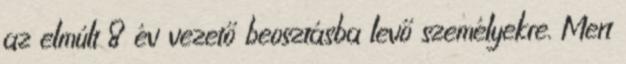
az elmúlt 8 év vezető beosztásba levő személyekre. Mert